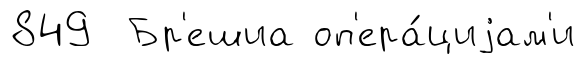
849 Бр'ешиа оп'ера́циjам'и